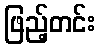
ဖြည့်တင်း